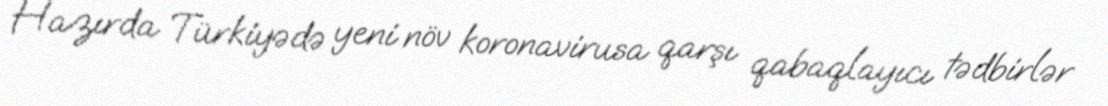
Hazırda Türkiyədə yeni növ koronavirusa qarşı qabaqlayıcı tədbirlər